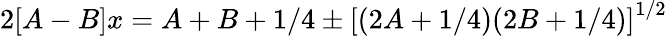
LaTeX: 2[A-B]x=A+B+1/4\pm\left[(2A+1/4)(2B+1/4)\right]^{1/2}